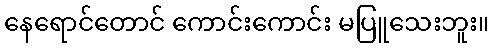
နေရောင်တောင် ကောင်းကောင်း မပြူသေးဘူး။